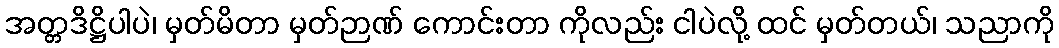
အတ္တဒိဋ္ဌိပါပဲ၊ မှတ်မိတာ မှတ်ဉာဏ် ကောင်းတာ ကိုလည်း ငါပဲလို့ ထင် မှတ်တယ်၊ သညာကို